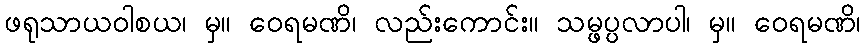
ဖရုသာယဝါစယ၊ မှ။ ဝေရမဏိ၊ လည်းကောင်း။ သမ္ဖပ္ပလာပါ၊ မှ။ ဝေရမဏိ၊